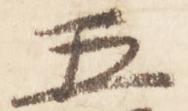
五